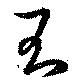
王